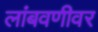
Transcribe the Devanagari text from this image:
लांबवणीवर